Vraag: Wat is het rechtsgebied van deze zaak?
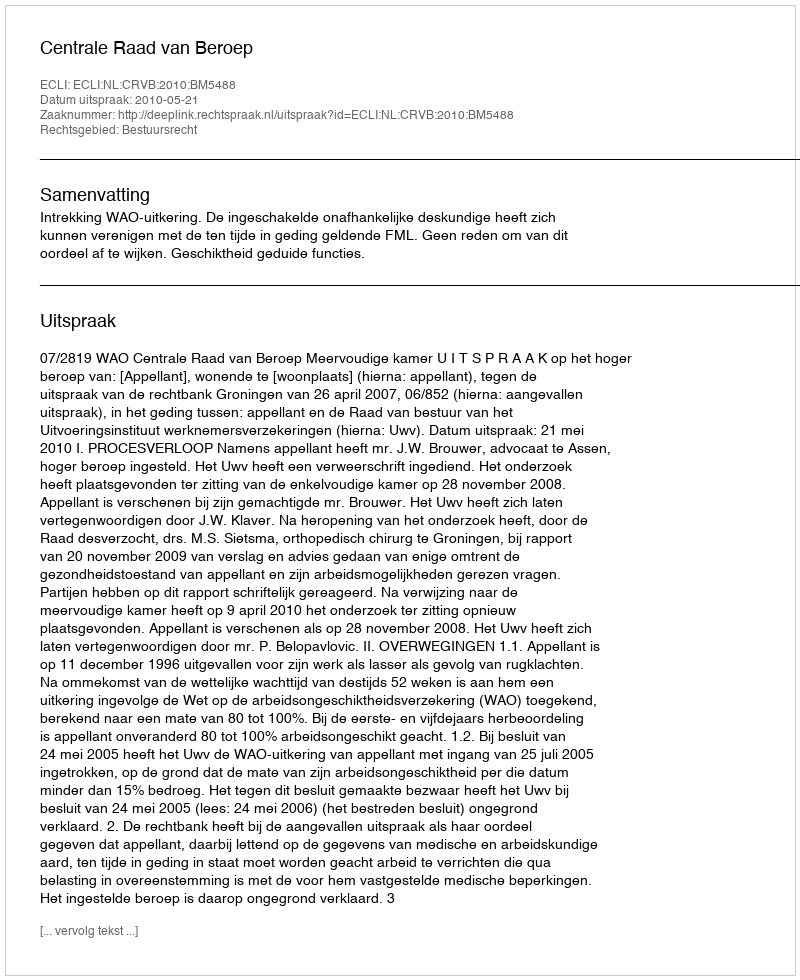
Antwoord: Bestuursrecht